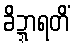
ခိဍ္ဍာရတိံ